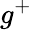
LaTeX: g^{+}